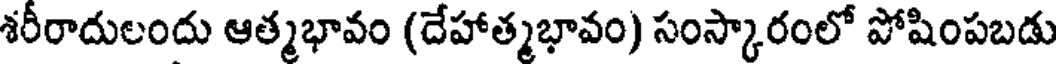
శరీరాదులందు ఆత్మభావం (దేహాత్మభావం) సంస్కారంలో పోషింపబడు